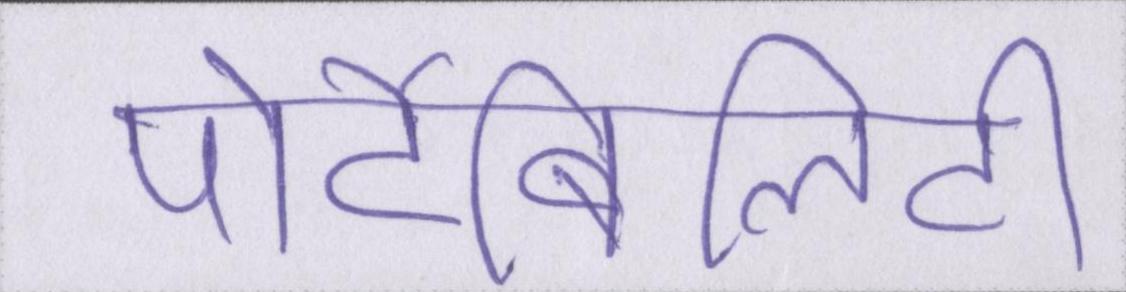
पोर्टेबिलिटी